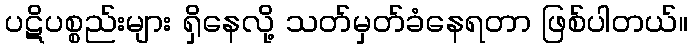
ပဋိပစ္စည်းများ ရှိနေလို့ သတ်မှတ်ခံနေရတာ ဖြစ်ပါတယ်။